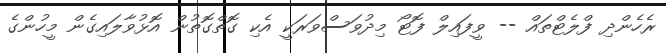
ރެހެންދި ފްލެޓްތައް -- ވީފައިލް ފޮޓޯ މިދުވަސްވަރަކީ އެކި ގޮތްގޮތުން އޮޅުވާލައިގެން މީހުންގެ